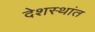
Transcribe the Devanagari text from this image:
देशस्थांत